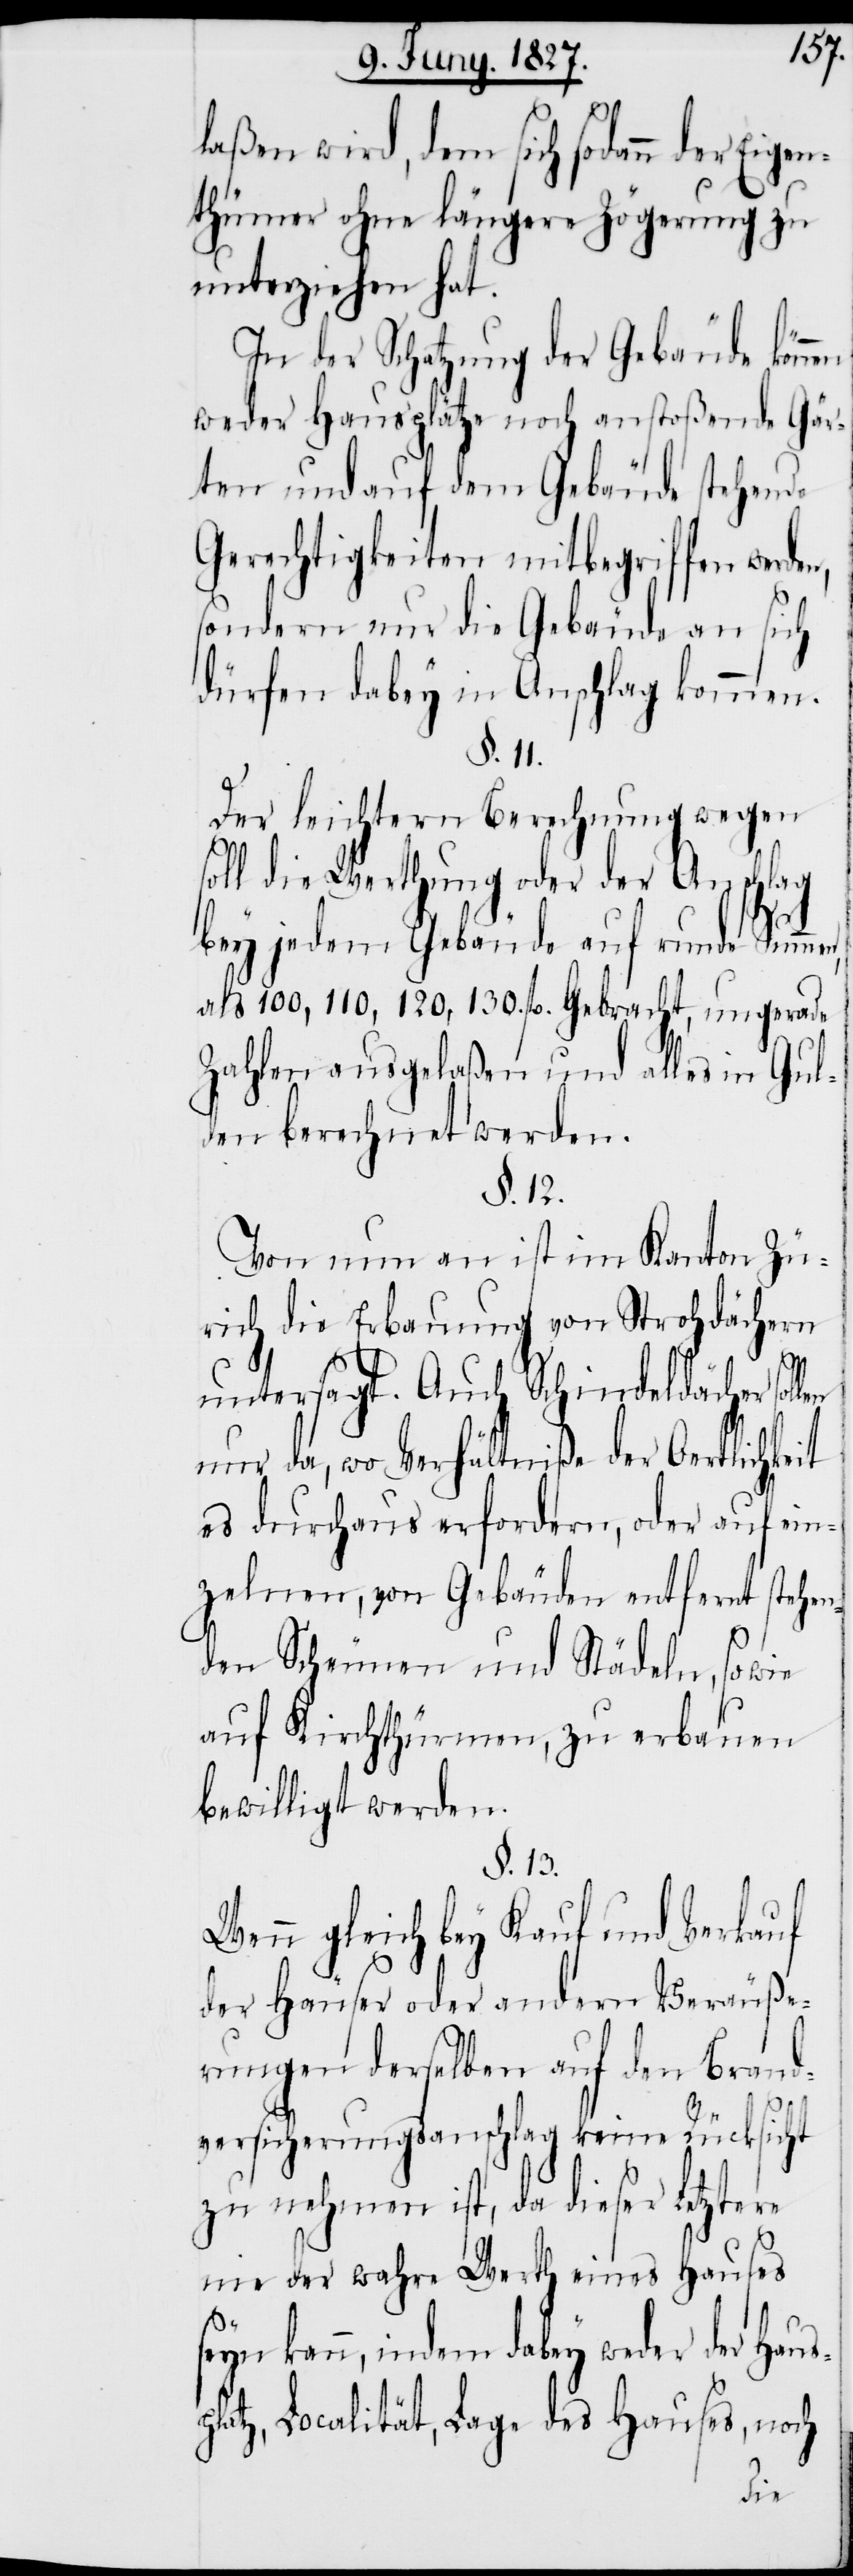
laßen wird, dem sich sodann der Eige¬
nthümer ohne längere Zögerung zu
unterziehen hat.
In der Schatzung der Gebäude könn¬
weder Hausplätze noch anstoßende
ten und auf dem Gebäu¬
stehende
Gerechtigkeiten mitbegriffen werde¬
sondern nur die Gebäude an si¬
dürfen dabey in Anschlag kommen.
§. 11.
Der leichtern Berechnung wegen
soll die Werthung oder der Anschlag
bey jedem Gebäude auf runde Summen,
als 100, 110, 120, 130. fl. gebracht, ungera¬
Zahlen ausgelaßen und alles in Gul¬
den berechnet werden.
§. 12.
Von nun an ist im Kanton Zü¬
rich die Erbauung von
untersagt, Auch Schindeldächer sol¬
nur da, wo Verhältniße der Oertlichkeit
es durchaus erfordern, oder auf
zelnen, von Gebäuden entfernt stehe¬
nden Scheunen und Städeln, so wie
auf Kirchthürmen, zu erbauen
bewilligt werden.
§. 13.
Wenn gleich bey Kauf und Verkauf
der Häuser oder andern Veräuße¬
rungen derselben auf den Brand¬
sp¬
versicherungsanschlag keine Rücksicht
zu nehmen ist, da dieser Letztere
nie der wahre Werth eines Hauses
kann, indem dabey weder der Hau¬
latz, Localität, Lage des Hauses, noch
ein¬